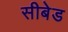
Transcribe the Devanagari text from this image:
सीबेड